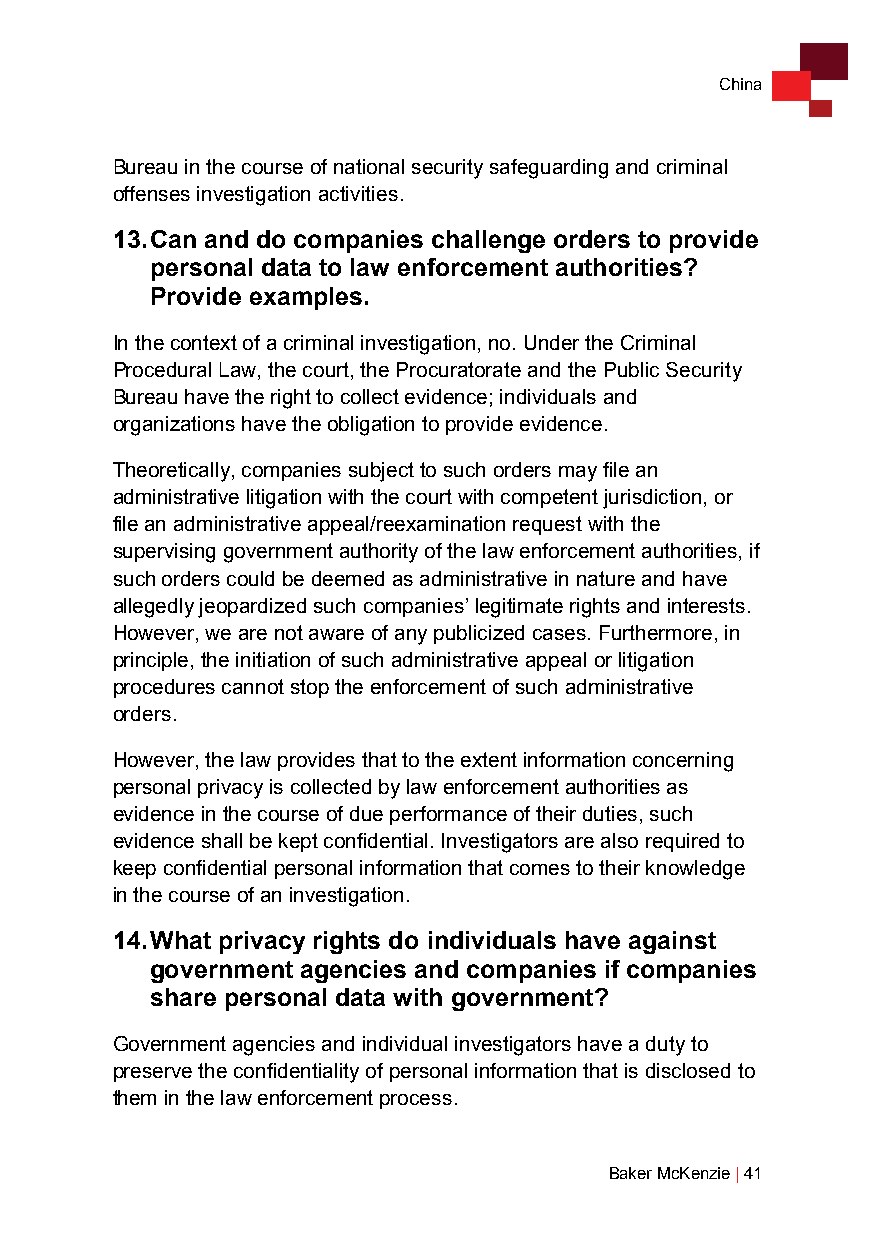
China
 Bureau in the course of national security safeguarding and criminal
 offenses investigation activities.
 13. Can and do companies challenge orders to provide
 personal data to law enforcement authorities?
 Provide examples.
 In the context of a criminal investigation, no. Under the Criminal
 Procedural Law, the court, the Procuratorate and the Public Security
 Bureau have the right to collect evidence; individuals and
 organizations have the obligation to provide evidence.
 Theoretically, companies subject to such orders may file an
 administrative litigation with the court with competent jurisdiction, or
 file an administrative appeal/reexamination request with the
 supervising government authority of the law enforcement authorities, if
 such orders could be deemed as administrative in nature and have
 allegedly jeopardized such companies’ legitimate rights and interests.
 However, we are not aware of any publicized cases. Furthermore, in
 principle, the initiation of such administrative appeal or litigation
 procedures cannot stop the enforcement of such administrative
 orders.
 However, the law provides that to the extent information concerning
 personal privacy is collected by law enforcement authorities as
 evidence in the course of due performance of their duties, such
 evidence shall be kept confidential. Investigators are also required to
 keep confidential personal information that comes to their knowledge
 in the course of an investigation.
 14. What privacy rights do individuals have against
 government agencies and companies if companies
 share personal data with government?
 Government agencies and individual investigators have a duty to
 preserve the confidentiality of personal information that is disclosed to
 them in the law enforcement process.
 Baker McKenzie | 41